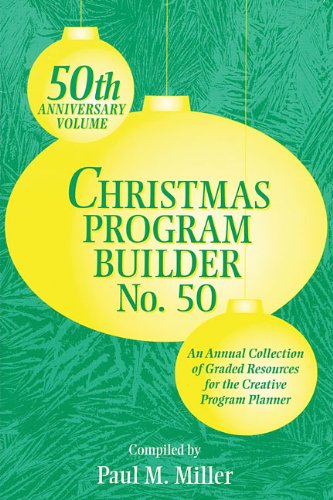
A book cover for Christmas Program Builder No. 50; Paul M. Miller; Literature & Fiction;